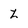
Character: Z